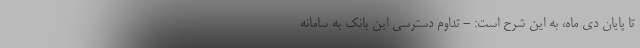
تا پایان دی ماه، به این شرح است: - تداوم دسترسی این بانک به سامانه